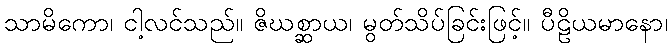
သာမိကော၊ ငါ့လင်သည်။ ဇိဃစ္ဆာယ၊ မွတ်သိပ်ခြင်းဖြင့်။ ပီဠိယမာနော၊